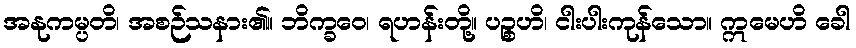
အနုကမ္ပတိ၊ အစဉ်သနား၏။ ဘိက္ခဝေ၊ ရဟန်းတို့။ ပဉ္စဟိ၊ ငါးပါးကုန်သော။ ဣမေဟိ ခေါ